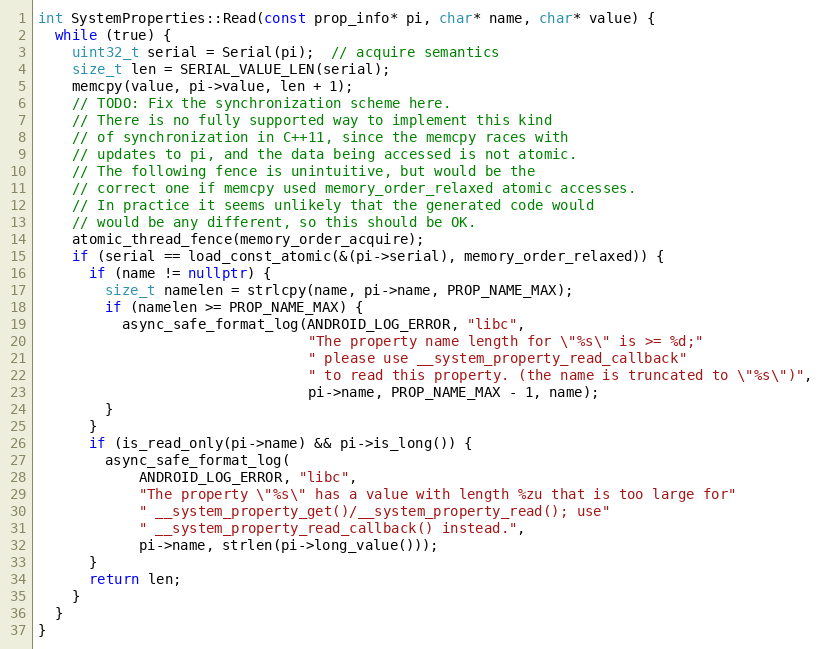
Language: C++
int SystemProperties::Read(const prop_info* pi, char* name, char* value) {
  while (true) {
    uint32_t serial = Serial(pi);  // acquire semantics
    size_t len = SERIAL_VALUE_LEN(serial);
    memcpy(value, pi->value, len + 1);
    // TODO: Fix the synchronization scheme here.
    // There is no fully supported way to implement this kind
    // of synchronization in C++11, since the memcpy races with
    // updates to pi, and the data being accessed is not atomic.
    // The following fence is unintuitive, but would be the
    // correct one if memcpy used memory_order_relaxed atomic accesses.
    // In practice it seems unlikely that the generated code would
    // would be any different, so this should be OK.
    atomic_thread_fence(memory_order_acquire);
    if (serial == load_const_atomic(&(pi->serial), memory_order_relaxed)) {
      if (name != nullptr) {
        size_t namelen = strlcpy(name, pi->name, PROP_NAME_MAX);
        if (namelen >= PROP_NAME_MAX) {
          async_safe_format_log(ANDROID_LOG_ERROR, "libc",
                                "The property name length for \"%s\" is >= %d;"
                                " please use __system_property_read_callback"
                                " to read this property. (the name is truncated to \"%s\")",
                                pi->name, PROP_NAME_MAX - 1, name);
        }
      }
      if (is_read_only(pi->name) && pi->is_long()) {
        async_safe_format_log(
            ANDROID_LOG_ERROR, "libc",
            "The property \"%s\" has a value with length %zu that is too large for"
            " __system_property_get()/__system_property_read(); use"
            " __system_property_read_callback() instead.",
            pi->name, strlen(pi->long_value()));
      }
      return len;
    }
  }
}